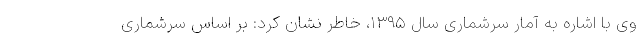
وی با اشاره به آمار سرشماری سال ۱۳۹۵، خاطر نشان کرد: بر اساس سرشماری